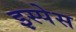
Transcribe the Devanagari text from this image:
इस्पेस